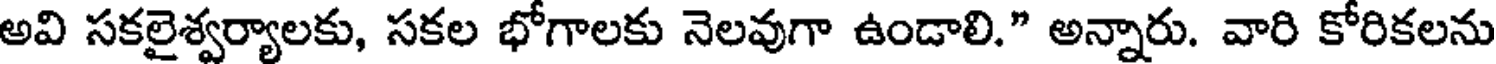
అవి సకలైశ్వర్యాలకు, సకల భోగాలకు నెలవుగా ఉండాలి." అన్నారు. వారి కోరికలను